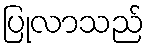
ပြုလာသည်